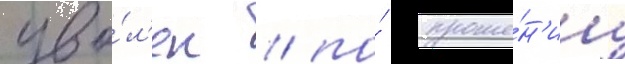
уво́л'ен / по́ проше́н'иу